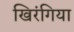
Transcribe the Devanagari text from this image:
खिरंगिया